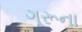
ગૂરૂના